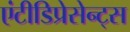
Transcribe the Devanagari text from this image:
एंटीडिप्रेसेन्ट्स